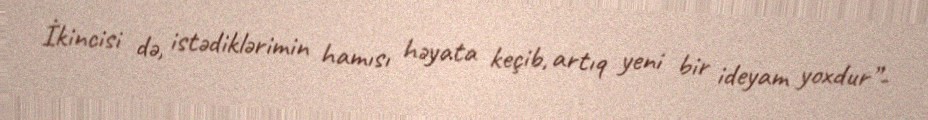
İkincisi də, istədiklərimin hamısı həyata keçib, artıq yeni bir ideyam yoxdur”-